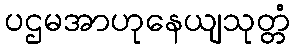
ပဌမအာဟုနေယျသုတ္တံ